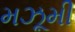
મઝૂમી